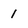
Character: 1